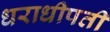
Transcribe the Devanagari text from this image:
धराधीपती